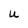
Character: U